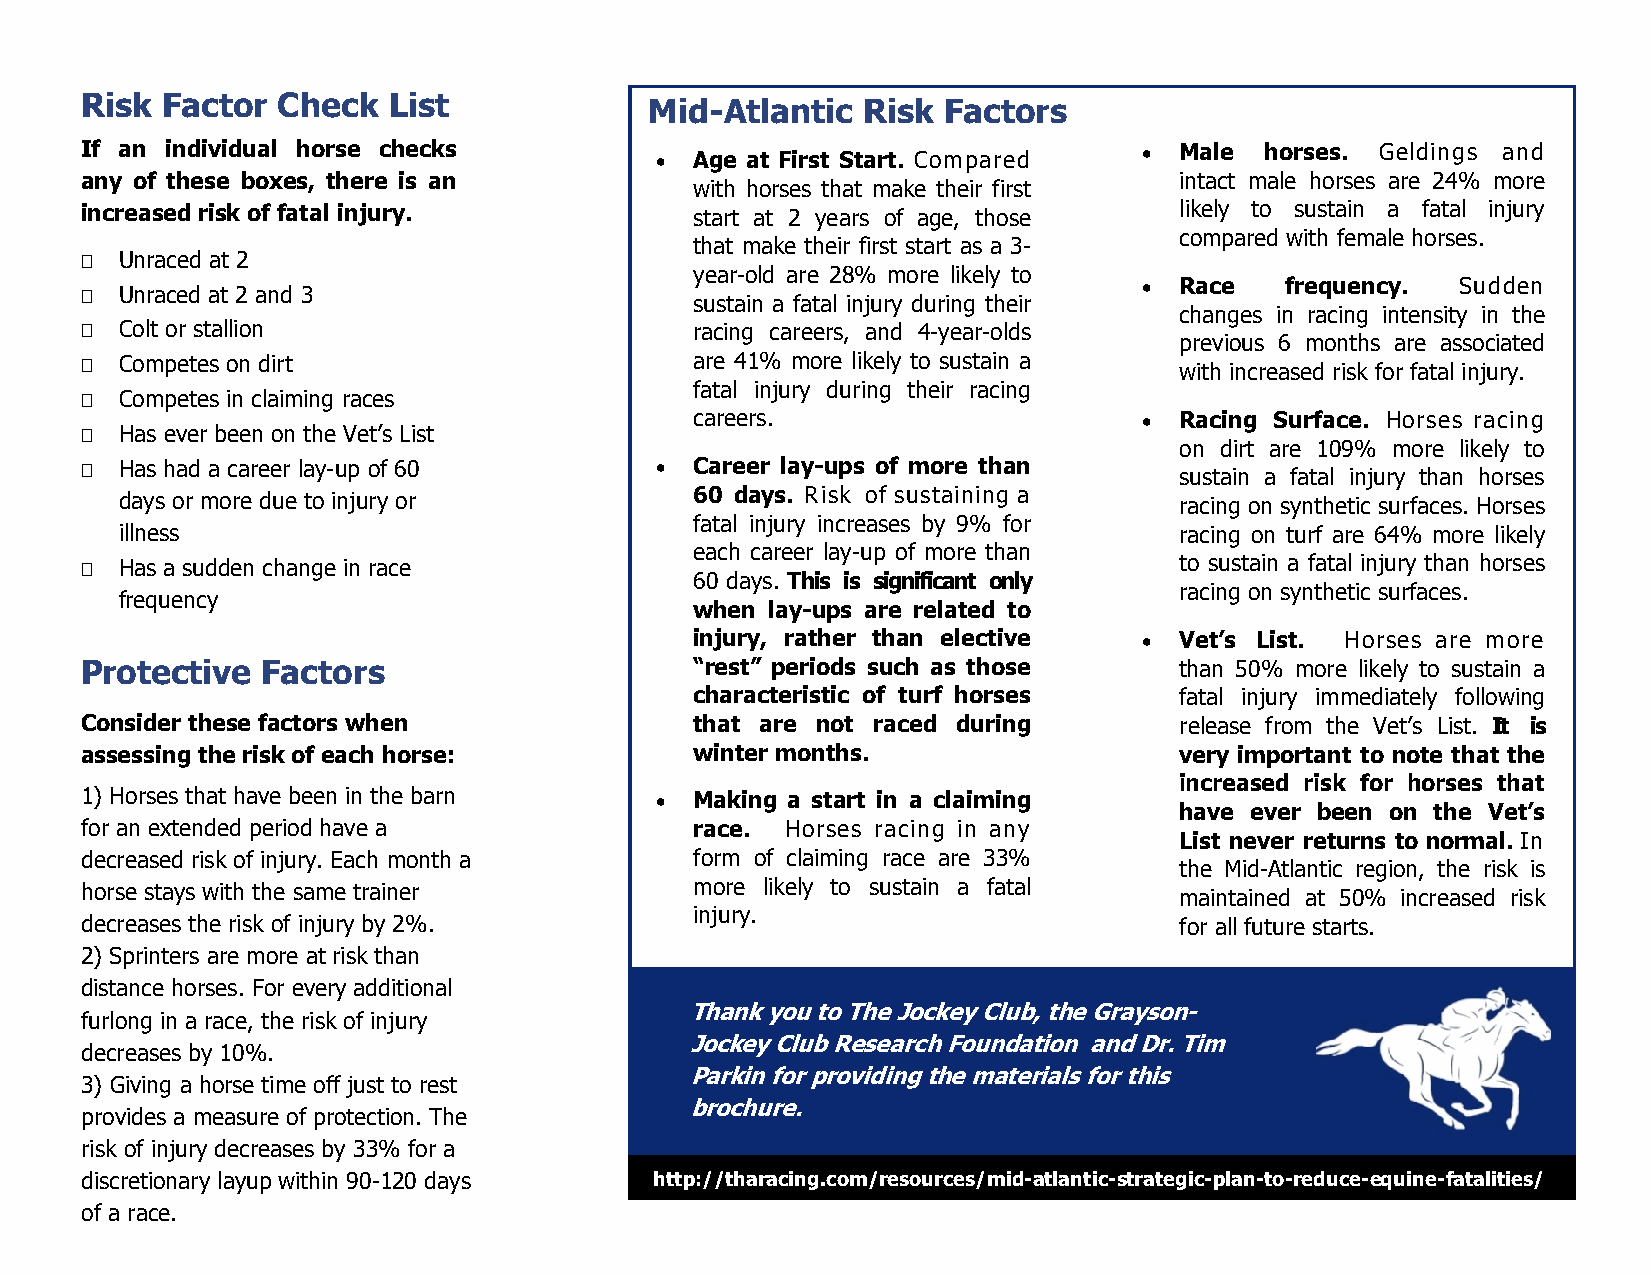
Risk  Factor Check   List             Mid-Atlantic  Risk Factors
 If an individual horse checks                                           Male  horses. Geldings and
   Age at First Start. Compared
 any of these boxes, there is an                                          intact male horses are 24% more
 with horses that make their first
 increased risk of fatal injury.          start at 2 years of age, those  likely to sustain a fatal injury
 compared with female horses.
 that make their first start as a 3-
   Unraced at 2
 year-old are 28% more likely to
  Race   frequency.  Sudden
   Unraced at 2 and 3
 sustain a fatal injury during their
 changes in racing intensity in the
   Colt or stallion                      racing careers, and 4-year-olds
 previous 6 months are associated
   Competes on dirt                      are 41% more likely to sustain a with increased risk for fatal injury.
 fatal injury during their racing
   Competes in claiming races
 careers.                       Racing Surface. Horses racing
   Has ever been on the Vet’s List
 on dirt are 109% more likely to
   Has had a career lay-up of 60        Career lay-ups of more than
 sustain a fatal injury than horses
 days or more due to injury or         60 days. Risk of sustaining a   racing on synthetic surfaces. Horses
 fatal injury increases by 9% for
 illness                                                               racing on turf are 64% more likely
 each career lay-up of more than
   Has a sudden change in race                                           to sustain a fatal injury than horses
 60 days. This is significant only
 racing on synthetic surfaces.
 frequency
 when lay-ups are related to
 injury, rather than elective   Vet’s List. Horses are more
 Protective  Factors                      “rest” periods such as those    than 50% more likely to sustain a
 characteristic of turf horses   fatal injury immediately following
 Consider these factors when              that are not raced during       release from the Vet’s List. It is
 assessing the risk of each horse:        winter months.                  very important to note that the
 increased risk for horses that
 1) Horses that have been in the barn    Making a start in a claiming
 have ever been on the Vet’s
 for an extended period have a            race. Horses racing in any
 List never returns to normal. In
 decreased risk of injury. Each month a   form of claiming race are 33%
 the Mid-Atlantic region, the risk is
 horse stays with the same trainer        more likely to sustain a fatal  maintained at 50% increased risk
 injury.
 decreases the risk of injury by 2%.                                      for all future starts.
 2) Sprinters are more at risk than
 distance horses. For every additional
 Thank you to The Jockey Club, the Grayson-
 furlong in a race, the risk of injury
 Jockey Club Research Foundation and Dr. Tim
 decreases by 10%.
 Parkin for providing the materials for this
 3) Giving a horse time off just to rest
 brochure.
 provides a measure of protection. The
 risk of injury decreases by 33% for a
 discretionary layup within 90-120 days http://tharacing.com/resources/mid-atlantic-strategic-plan-to-reduce-equine-fatalities/
 of a race.